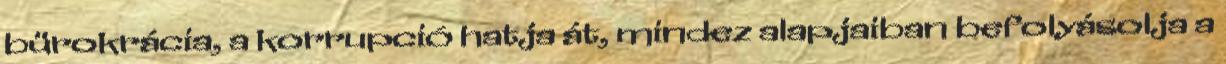
bürokrácia, a korrupció hatja át, mindez alapjaiban befolyásolja a